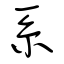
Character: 系